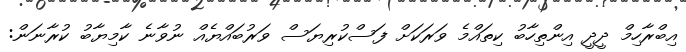
އިބްރާހިމް ދީދީ އިންތިހާބު ކިތައްމެ ވަރަކަށް ފަސްކުރިޔަސް ވަރުބައްޔެއް ނުވާނެ ކާމިޔާބު ކުރާނަން: